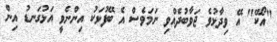
"އޯކޭ" އޭ ވިދާޅުވެ ޖަވާބުދެއްވި ނަމަވެސް އެ ބޭފުޅަކު އިންނެވީ އަޅުގަނޑު އިން